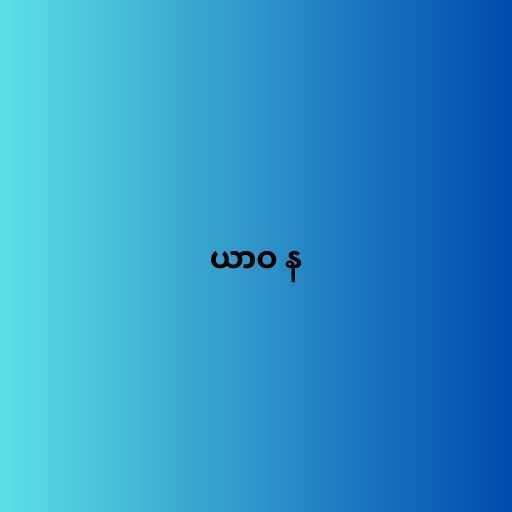
ယာဝ န